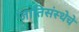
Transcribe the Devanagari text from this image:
जातिसंस्थेचे